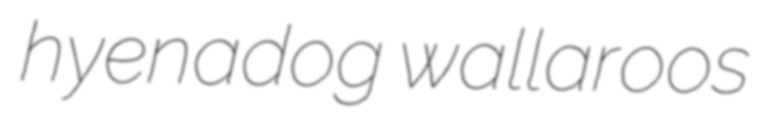
hyenadog wallaroos